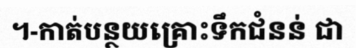
។-កាត់បន្ថយគ្រោះទឹកជំនន់ ជា